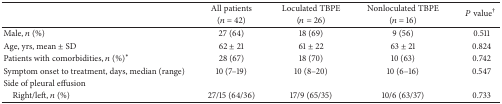
<table><thead><tr><td><b> </b></td><td><b>All patients</b></td><td><b>Loculated TBPE </b></td><td><b>Nonloculated TBPE </b></td><td rowspan="2"><b><i>P</i> value<sup>†</sup></b></td></tr><tr><td><b> </b></td><td><b>(<i>n</i> = 42)</b></td><td><b>(<i>n</i> = 26)</b></td><td><b>(<i>n</i> = 16)</b></td></tr></thead><tbody><tr><td>Male, <i>n</i> (%)</td><td>27 (64)</td><td>18 (69)</td><td>9 (56)</td><td>0.511</td></tr><tr><td>Age, yrs, mean ± SD </td><td>62 ± 21</td><td>61 ± 22</td><td>63 ± 21</td><td>0.824</td></tr><tr><td>Patients with comorbidities, <i>n</i> (%)<sup>*</sup></td><td>28 (67)</td><td>18 (70)</td><td>10 (63)</td><td>0.742</td></tr><tr><td>Symptom onset to treatment, days, median (range) </td><td>10 (7–19)</td><td>10 (8–20)</td><td>10 (6–16)</td><td>0.547</td></tr><tr><td>Side of pleural effusion</td><td> </td><td> </td><td> </td><td> </td></tr><tr><td> Right/left, <i>n</i> (%)</td><td>27/15 (64/36)</td><td>17/9 (65/35)</td><td>10/6 (63/37)</td><td>0.733</td></tr></tbody></table>